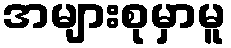
အများစုမှာမူ